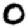
Digit: 0